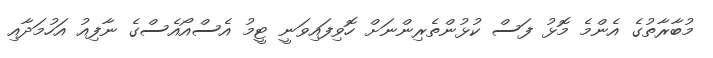
މުބާރާތުގެ އެންމެ މޮޅު ފަސް ކުޅުންތެރިންނަށް ހޮވިފައިވަނީ ޓީމު އެސްއޯއެސްގެ ނާފިއު އަހުމަދާއި